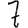
Digit: 7